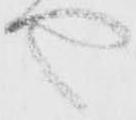
や